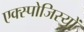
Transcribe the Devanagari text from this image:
एक्स्पोजिस्यों